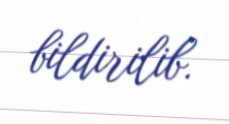
bildirilib.